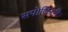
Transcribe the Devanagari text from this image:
सपोजिटरी